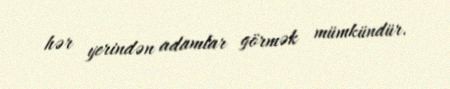
hər yerindən adamlar görmək mümkündür.